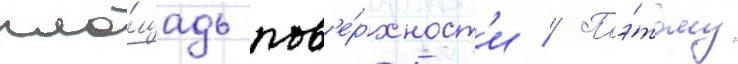
пло́щадь пов'е́рхност'и // Поэ́тому